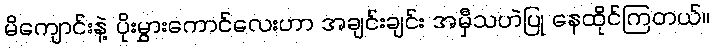
မိကျောင်းနဲ့ ပိုးမွှားကောင်လေးဟာ အချင်းချင်း အမှီသဟဲပြု နေထိုင်ကြတယ်။